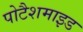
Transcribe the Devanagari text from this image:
पोटैशमाइड